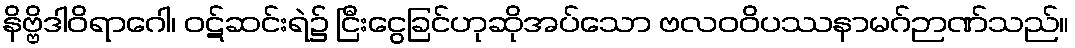
နိဗ္ဗိဒါဝိရာဂေါ၊ ဝဋ်ဆင်းရဲ၌ ငြီးငွေခြင်ဟုဆိုအပ်သော ဗလဝဝိပဿနာမဂ်ဉာဏ်သည်။